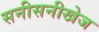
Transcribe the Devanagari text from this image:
सनीसनीखेज